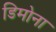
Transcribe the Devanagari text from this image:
डिमोना